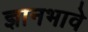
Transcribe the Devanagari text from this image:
ज्ञानभावे